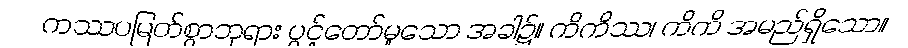
ကဿပမြတ်စွာဘုရား ပွင့်တော်မူသော အခါ၌။ ကိကိဿ၊ ကိကိ အမည်ရှိသော။